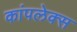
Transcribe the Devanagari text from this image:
कांपलेक्स